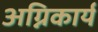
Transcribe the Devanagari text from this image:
अग्निकार्य